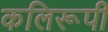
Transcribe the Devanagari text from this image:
कलिरूपी